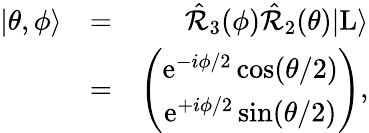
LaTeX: \begin{array}{rlr}{|\theta,\phi\rangle}&{=}&{\hat{\mathcal{R}}_{3}(\phi)\hat{\mathcal{R}}_{2}(\theta)|\mathrm{L}\rangle}\\ &{=}&{\left(\begin{array}{c}{\mathrm{e}^{-i\phi/2}\cos(\theta/2)}\\ {\mathrm{e}^{+i\phi/2}\sin(\theta/2)}\end{array}\right),}\end{array}